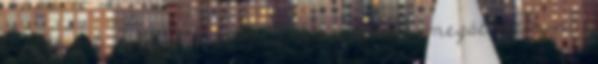
I. fejezet 2. és 3. pontja szerint kell megállapítani.